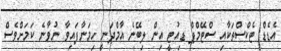
އެޑެޑް ޓެކްސްތަކާއި ސްޓޭމްޕް ޑިއުޓީ އިން ލިބޭނެ އާމްދަނީ ހިމަނާފައިވާ ނުވާނެ ކަމަށްވެސް